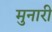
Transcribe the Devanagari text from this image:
मुनारी